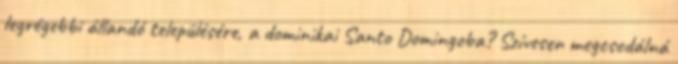
legrégebbi állandó településére, a dominikai Santo Domingoba? Szívesen megcsodálná